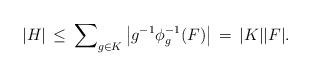
LaTeX: \begin{align*}\vert H \vert \, \leq \, \sum\nolimits_{g \in K} \left\lvert g^{-1}\phi_{g}^{-1}(F) \right\rvert \, = \, \vert K \vert \vert F \vert .\end{align*}